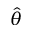
\hat { \theta }